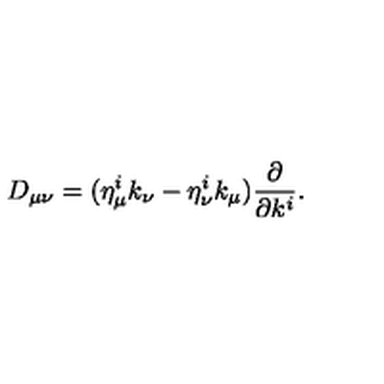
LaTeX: D _ { \mu \nu } = ( \eta _ { \mu } ^ { i } k _ { \nu } - \eta _ { \nu } ^ { i } k _ { \mu } ) { \frac { \partial } { \partial k ^ { i } } } .